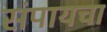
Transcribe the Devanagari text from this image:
संपायचा